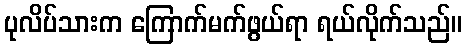
ပုလိပ်သားက ကြောက်မက်ဖွယ်ရာ ရယ်လိုက်သည်။